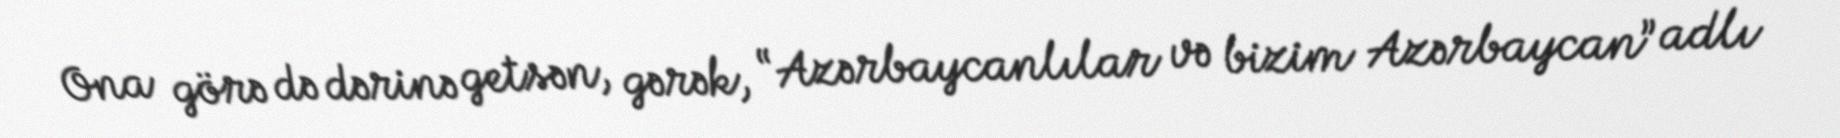
Ona görə də dərinə getsən, gərək, “Azərbaycanlılar və bizim Azərbaycan” adlı